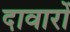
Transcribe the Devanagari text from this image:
दावारों